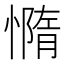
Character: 憜